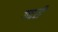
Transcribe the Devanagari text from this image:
गद्दरी